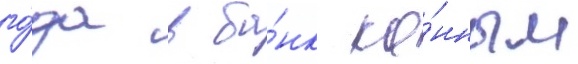
го́да в ба́нк ко́нным